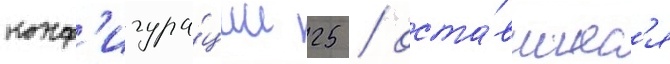
конф'игура́ции 25 / оста́вшиес'я